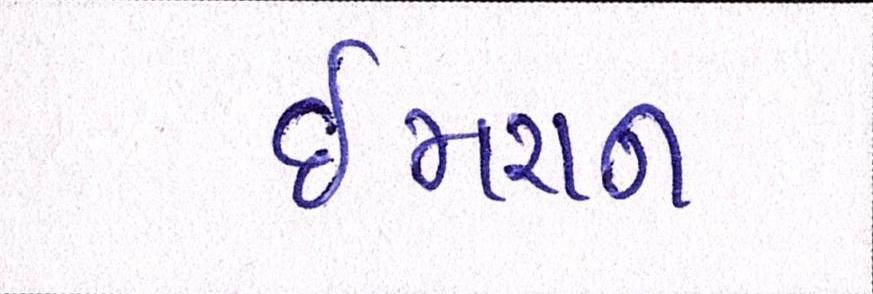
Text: ઈમરાન